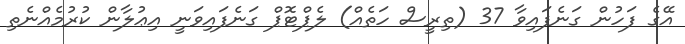
އޭގެ ފަހުން ގަނެފައިވާ 37 (ތިރީސް ހަތެއް) ލެޕްޓޮޕް ގަނެފައިވަނީ އިޢުލާން ކުރުމެއްނެތި